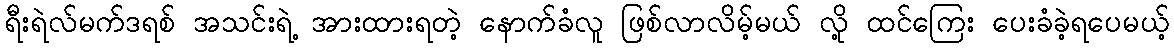
ရီးရဲလ်မက်ဒရစ် အသင်းရဲ့ အားထားရတဲ့ နောက်ခံလူ ဖြစ်လာလိမ့်မယ် လို့ ထင်ကြေး ပေးခံခဲ့ရပေမယ့်